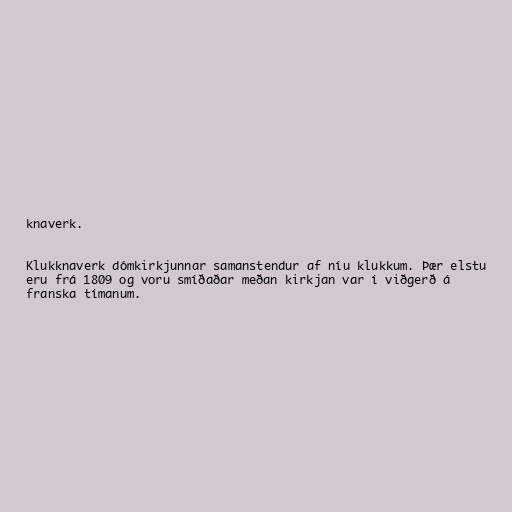
knaverk.

Klukknaverk dómkirkjunnar samanstendur af níu klukkum. Þær elstu
eru frá 1809 og voru smíðaðar meðan kirkjan var í viðgerð á
franska tímanum.